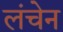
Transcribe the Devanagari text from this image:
लंचेन